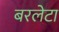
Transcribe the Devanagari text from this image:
बरलेटा